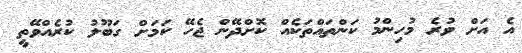
އެ އަށް ވުރެ މުހިންމު ކަންތައްތަކެއް ކޮށްދޭން ޖެހޭ ކަމަށް ގަބޫލު ކުރެއްވޭތީ